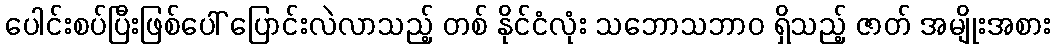
ပေါင်းစပ်ပြီးဖြစ်ပေါ် ပြောင်းလဲလာသည့် တစ် နိုင်ငံလုံး သဘောသဘာဝ ရှိသည့် ဇာတ် အမျိုးအစား